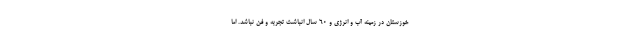
خوزستان در زمینه آب و انرژی و 60 سال انباشت تجربه و فن نباشد. اما